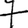
Digit: 7